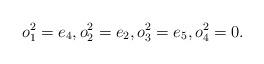
LaTeX: \begin{gather*} o_1^2 = e_4,o_2^2 = e_2, o_3^2 = e_5, o_4^2 = 0.\end{gather*}